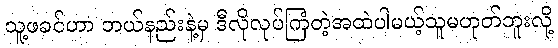
သူ့ဖခင်ဟာ ဘယ်နည်းနဲ့မှ ဒီလိုလုပ်ကြံတဲ့အထဲပါမယ့်သူမဟုတ်ဘူးလို့